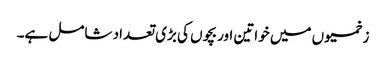
زخمیوں میں خواتین اور بچوں کی بڑی تعداد شامل ہے۔